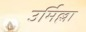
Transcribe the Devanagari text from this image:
उर्मिल्ला